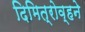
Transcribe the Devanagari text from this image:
दिमित्रोव्हने